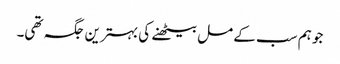
جو ہم سب کے مل بیٹھنے کی بہترین جگہ تھی۔